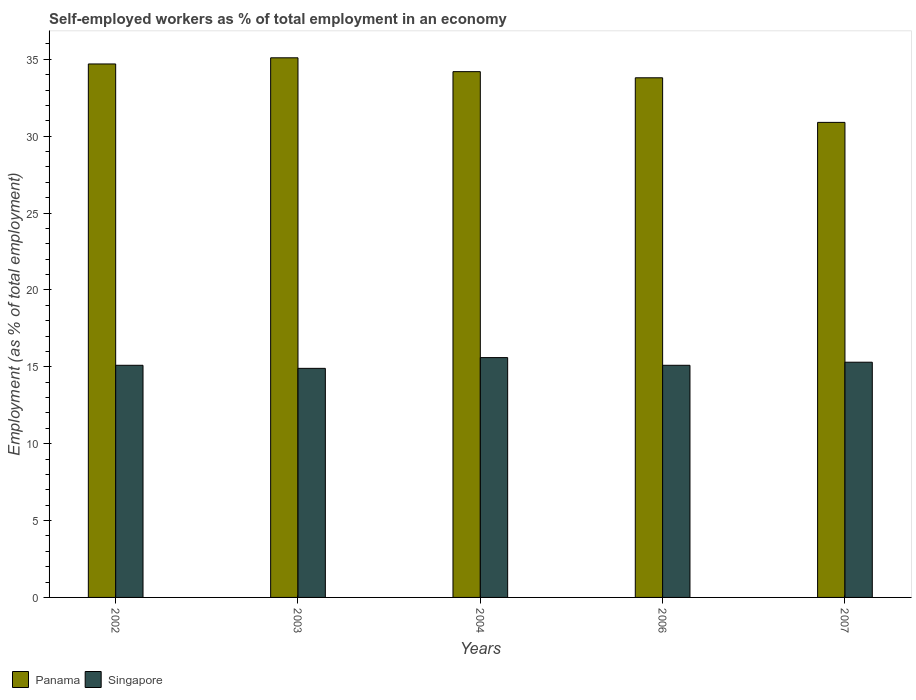
| Years | Panama | Singapore |
 | --- | --- | --- |
 | 2002 | 34.7 | 15.1 |
 | 2003 | 35.1 | 14.9 |
 | 2004 | 34.2 | 15.6 |
 | 2006 | 33.8 | 15.1 |
 | 2007 | 30.9 | 15.3 |